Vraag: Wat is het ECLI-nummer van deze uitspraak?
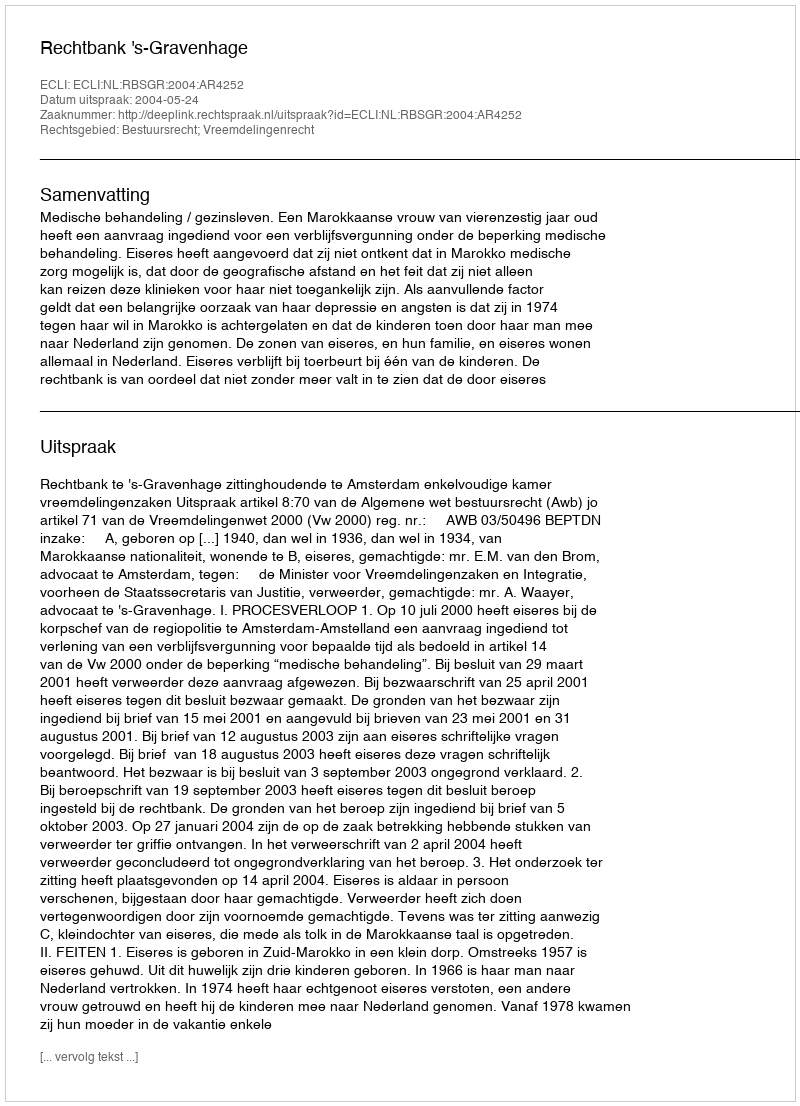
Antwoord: ECLI:NL:RBSGR:2004:AR4252